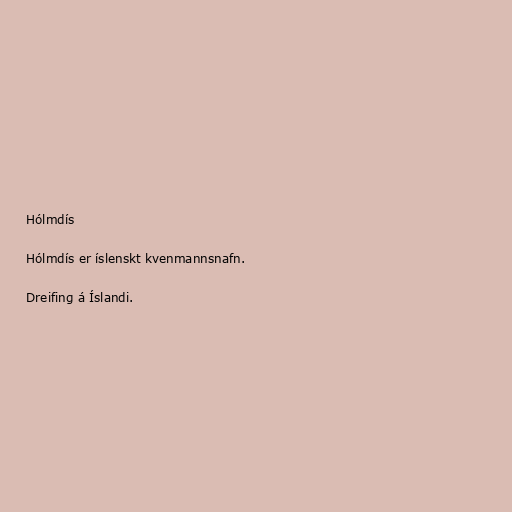
Hólmdís

Hólmdís er íslenskt kvenmannsnafn.

Dreifing á Íslandi.